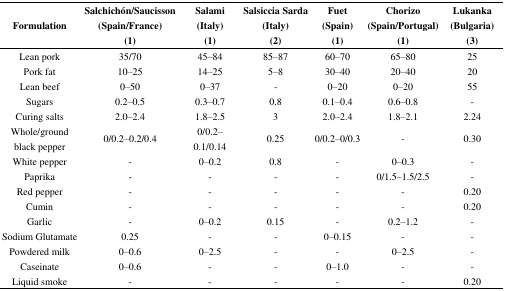
<table><thead><tr><td><b>Formulation</b></td><td><b>Salchichón/Saucisson (Spain/France) (1)</b></td><td><b>Salami (Italy) (1)</b></td><td><b>Salsiccia Sarda (Italy) (2)</b></td><td><b>Fuet (Spain) (1)</b></td><td><b>Chorizo (Spain/Portugal) (1)</b></td><td><b>Lukanka (Bulgaria) (3)</b></td></tr></thead><tbody><tr><td>Lean pork</td><td>35/70</td><td>45–84</td><td>85–87</td><td>60–70</td><td>65–80</td><td>25</td></tr><tr><td>Pork fat</td><td>10–25</td><td>14–25</td><td>5–8</td><td>30–40</td><td>20–40</td><td>20</td></tr><tr><td>Lean beef</td><td>0–50</td><td>0–37</td><td>-</td><td>0–20</td><td>0–20</td><td>55</td></tr><tr><td>Sugars</td><td>0.2–0.5</td><td>0.3–0.7</td><td>0.8</td><td>0.1–0.4</td><td>0.6–0.8</td><td>-</td></tr><tr><td>Curing salts</td><td>2.0–2.4</td><td>1.8–2.5</td><td>3</td><td>2.0–2.4</td><td>1.8–2.1</td><td>2.24</td></tr><tr><td>Whole/ground black pepper</td><td>0/0.2–0.2/0.4</td><td>0/0.2–0.1/0.14</td><td>0.25</td><td>0/0.2–0/0.3</td><td>-</td><td>0.30</td></tr><tr><td>White pepper</td><td>-</td><td>0–0.2</td><td>0.8</td><td>-</td><td>0–0.3</td><td>-</td></tr><tr><td>Paprika</td><td>-</td><td>-</td><td>-</td><td>-</td><td>0/1.5–1.5/2.5</td><td>-</td></tr><tr><td>Red pepper</td><td>-</td><td>-</td><td>-</td><td>-</td><td>-</td><td>0.20</td></tr><tr><td>Cumin</td><td>-</td><td>-</td><td>-</td><td>-</td><td>-</td><td>0.20</td></tr><tr><td>Garlic</td><td>-</td><td>0–0.2</td><td>0.15</td><td>-</td><td>0.2–1.2</td><td>-</td></tr><tr><td>Sodium Glutamate</td><td>0.25</td><td>-</td><td>-</td><td>0–0.15</td><td>-</td><td>-</td></tr><tr><td>Powdered milk</td><td>0–0.6</td><td>0–2.5</td><td>-</td><td>-</td><td>0–2.5</td><td>-</td></tr><tr><td>Caseinate</td><td>0–0.6</td><td>-</td><td>-</td><td>0–1.0</td><td>-</td><td>-</td></tr><tr><td>Liquid smoke</td><td>-</td><td>-</td><td>-</td><td>-</td><td>-</td><td>0.20</td></tr></tbody></table>